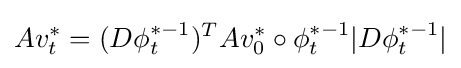
Av_{t}^{*}=(D\phi _{t}^{*-1})^{T}Av_{0}^{*}\circ \phi _{t}^{*-1}|D\phi _{t}^{*-1}|